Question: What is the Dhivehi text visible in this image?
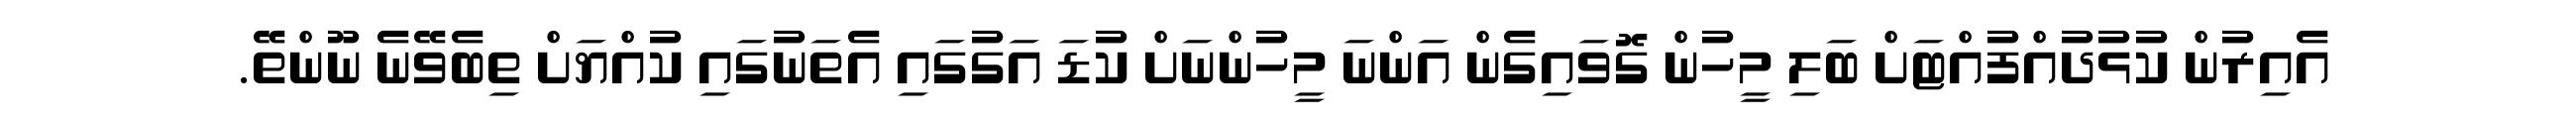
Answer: އެއިރުން ކުޅުދުއްފުއްޓަށް ބަލި މީހުން ގޮވައިގެން އަންނަ މީހުންނަށް ކުޑަ އަގުގައި އެތަނުގައި ކުއްޔަށް ތިބެވޭނެ ނޫންތޭ.